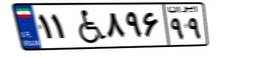
۱۱W۸۹۶۹۹